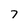
Character: 7